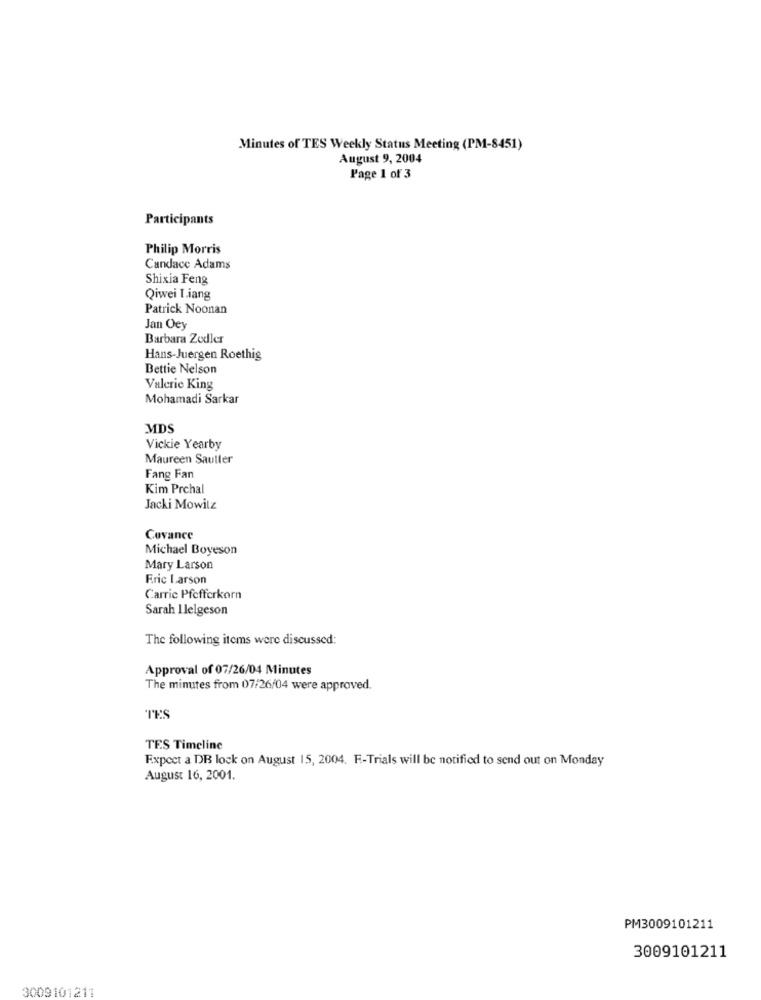
Minutes of TES Weekly Status Meeting (PM-8451)
August 9, 2004
Page 1 of 3
Participants
Philip Morris
Candace Adams
Shixia Feng
Qiwei Liang
Patrick Noonan
Jan Oey
Barbara Zodler
Hans-Juergen Roethig
Bettie Nelson
Valerie King
Mohamadi Sarkar
MDS
Vickie Yearby
Maureen Sauller
Fang Fan
Kim Prchal
Jacki Mowitz
Covance
Michael Boyeson
Mary Larson
Fric Larson
Carrie Pfefferkorn
Sarah I lelgeson
The following items were discussed:
Approval of 07/26/04 Minutes
The minutes from 07/26/04 were approved.
'TES
TES Timeline
Expect a DB lock on August 15, 2004. F .- Trials will be notified to send out on Monday
August 16, 2001.
PM3009101211
3009101211
3009101211